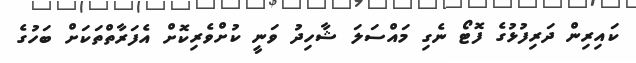
ކައިރިން ދަރިފުޅުގެ ފޮޓޯ ނެގި މައްސަލަ ޝާހިދު ވަނީ ކުށްވެރިކޮށް އެފަރާތްތަކަށް ބަހުގެ